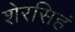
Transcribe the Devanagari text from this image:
शेरसिहं